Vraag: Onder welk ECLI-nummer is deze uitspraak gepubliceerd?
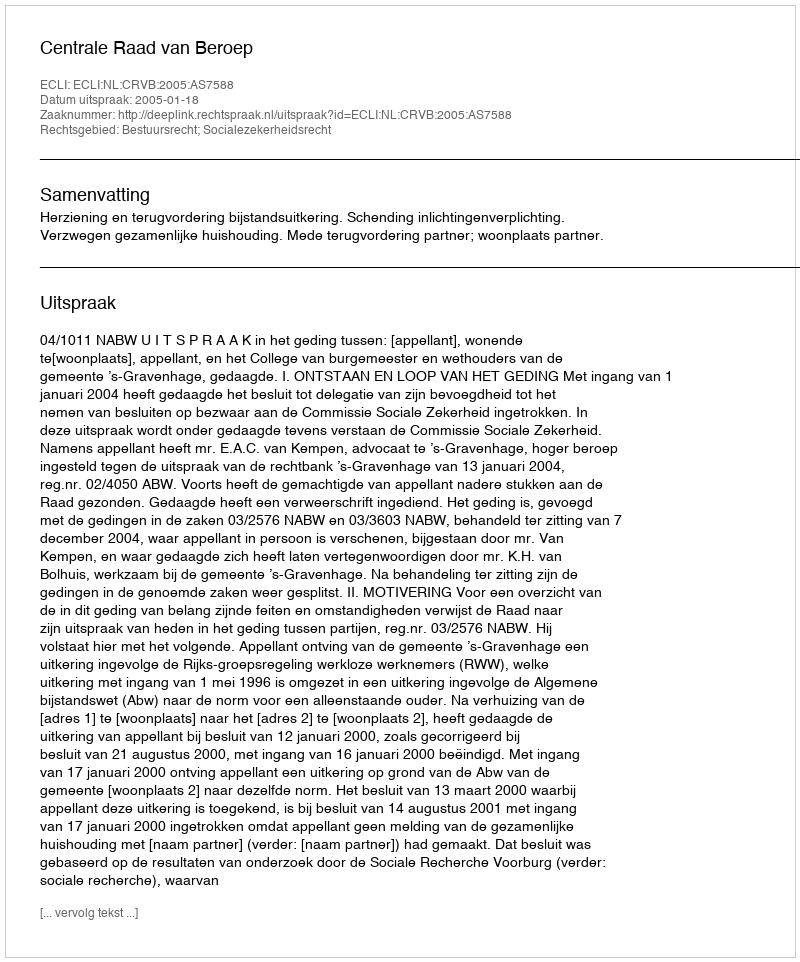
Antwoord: ECLI:NL:CRVB:2005:AS7588